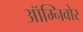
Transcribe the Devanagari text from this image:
ऑम्निवोर